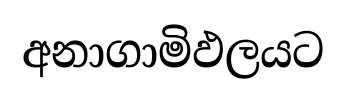
අනාගාමිඵලයට